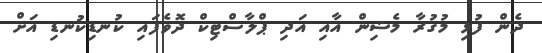
ދެން ފުޅި މުގުރާ މެޝިން އާއި އަދި ޕްލާސްޓިކް ދޮވެފައި ކުނޑިކުނޑި އަށް